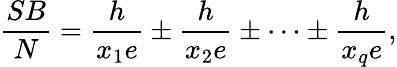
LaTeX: \frac{SB}{N}=\frac{h}{x_{1}e}\pm\frac{h}{x_{2}e}\pm\dots\pm\frac{h}{x_{q}e},